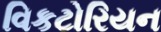
વિકટોરિયન